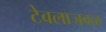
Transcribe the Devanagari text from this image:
टेबलाजवळ